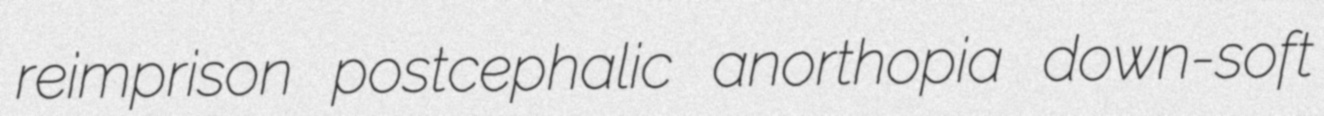
reimprison postcephalic anorthopia down-soft